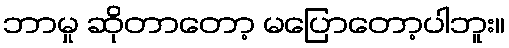
ဘာမှု ဆိုတာတော့ မပြောတော့ပါဘူး။